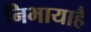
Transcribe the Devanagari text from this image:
निभायाहै